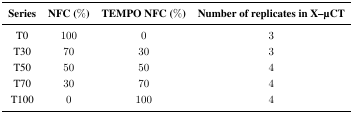
| Series | NFC (%) | TEMPO NFC (%) | Number of replicates in X–μCT |
 | --- | --- | --- | --- |
 | T0 | 100 | 0 | 3 |
 | T30 | 70 | 30 | 3 |
 | T50 | 50 | 50 | 4 |
 | T70 | 30 | 70 | 4 |
 | T100 | 0 | 100 | 4 |